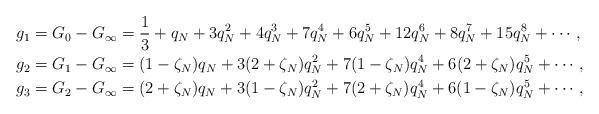
LaTeX: \begin{align*} g_1 &= G_{0} - G_{\infty} = \frac{1}{3} + q_N + 3q_N^2 + 4q_N^3 + 7q_N^4 + 6q_N^5+12q_N^6 + 8q_N^7+15q_N^8+\cdots,\\ g_2 &= G_{1} - G_{\infty} = (1-\zeta_N)q_N + 3(2 + \zeta_N)q_N^2 + 7(1-\zeta_N)q_N^4+6(2+\zeta_N)q_N^5 + \cdots,\\ g_3 &= G_{2} - G_{\infty} = (2+\zeta_N)q_N + 3(1 - \zeta_N)q_N^2 + 7(2+\zeta_N)q_N^4+6(1-\zeta_N)q_N^5 + \cdots,\\\end{align*}